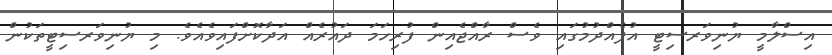
އިސްލާމީ ޔުނިވަރސިޓީ އުފެއްދުމުގައި ވެސް ރާއްޖެއިން ފުރިހަމަ ދައުރެއް އަދާކޮށްފައިވެއެވެ. މި ޔުނިވަރސިޓީތަކުން